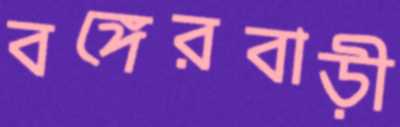
বঙ্গেরবাড়ী